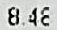
8.48